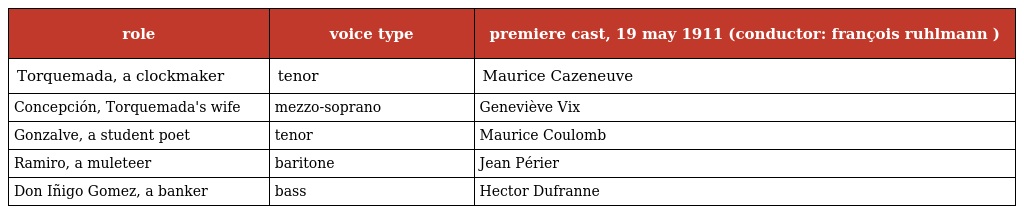
| role | voice type | premiere cast, 19 may 1911 (conductor: françois ruhlmann ) |
 | --- | --- | --- |
 | Torquemada, a clockmaker | tenor | Maurice Cazeneuve |
 | Concepción, Torquemada's wife | mezzo-soprano | Geneviève Vix |
 | Gonzalve, a student poet | tenor | Maurice Coulomb |
 | Ramiro, a muleteer | baritone | Jean Périer |
 | Don Iñigo Gomez, a banker | bass | Hector Dufranne |